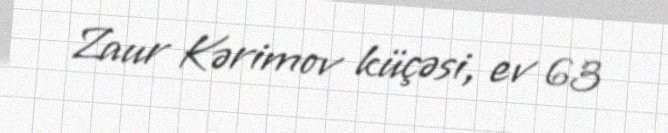
Zaur Kərimov küçəsi, ev 63